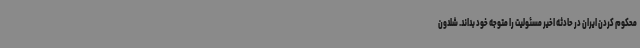
محکوم کردن ایران در حادثه اخیر مسئولیت را متوجه خود بداند. شلدون